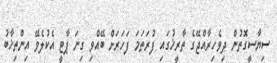
ސިޔާސީގޮތުން ދިވެހިރާއްޖޭގެ ތާރީޚުގައި ފުރަތަމަ ފަހަރަށް ބޭއްވި ގިނަ ޕާޓީ އެކުލެވޭ އިންތިޚާބު